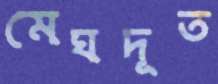
মেঘদূত